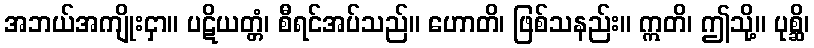
အဘယ်အကျိုးငှာ။ ပဋိယတ္တံ၊ စီရင်အပ်သည်။ ဟောတိ၊ ဖြစ်သနည်း။ ဣတိ၊ ဤသို့။ ပုစ္ဆိ၊